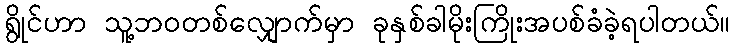
ရွိုင်ဟာ သူ့ဘဝတစ်လျှောက်မှာ ခုနှစ်ခါမိုးကြိုးအပစ်ခံခဲ့ရပါတယ်။